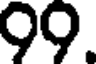
99.